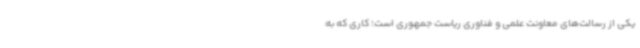
یکی از رسالت‌های معاونت علمی و فناوری ریاست جمهوری است؛ کاری که به